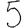
Digit: 5